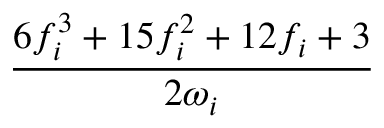
\frac { 6 f _ { i } ^ { 3 } + 1 5 f _ { i } ^ { 2 } + 1 2 f _ { i } + 3 } { 2 \omega _ { i } }